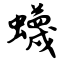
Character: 蠛